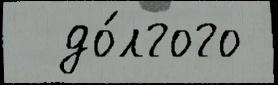
  до́лгого